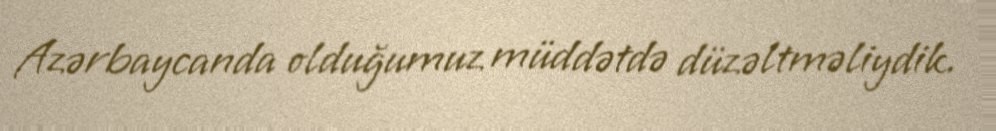
Azərbaycanda olduğumuz müddətdə düzəltməliydik.